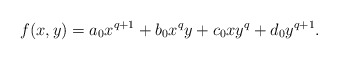
\begin{align*}f(x,y) = a_0 x^{q+1} + b_0 x^qy + c_0 xy^q + d_0 y^{q+1}.\end{align*}